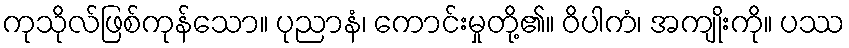
ကုသိုလ်ဖြစ်ကုန်သော။ ပုညာနံ၊ ကောင်းမှုတို့၏။ ဝိပါကံ၊ အကျိုးကို။ ပဿ